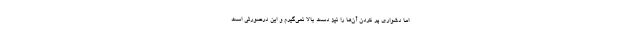
اما دشواری پر کردن آن‌ها را نیز دست بالا نمی‌گیرم و این درصورتی است